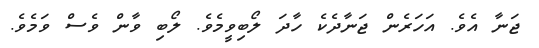
ޖަނާ އެވެ. އަހަރެން ޖަނާދެކެ ހާދަ ލޯބިވީމެވެ. ލޯބި ވާން ވެސް ވަމެވެ.